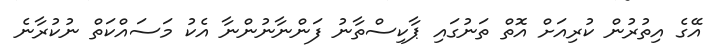
އޭގެ އިތުރުން ކުރިއަށް އޮތް ތަނުގައި ޕާކިސްތާނު ފަންނާނުންނާ އެކު މަސައްކަތް ނުކުރާނެ